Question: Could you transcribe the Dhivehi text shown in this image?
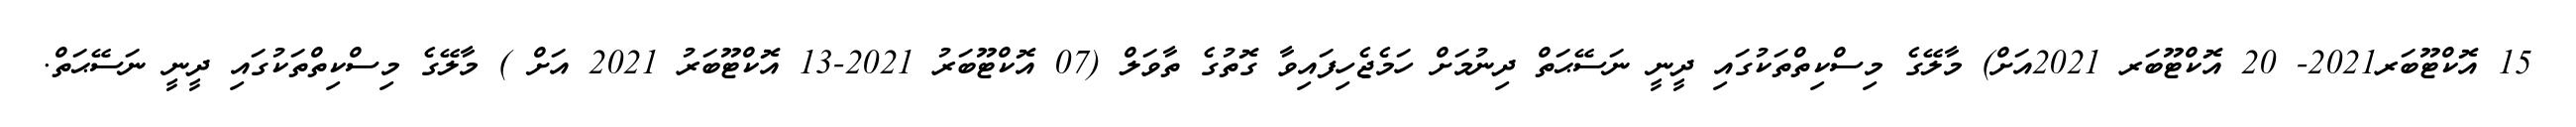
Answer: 15 އޮކްޓޫބަރ2021- 20 އޮކްޓޫބަރ 2021އަށް) މާލޭގެ މިސްކިތްތަކުގައި ދީނީ ނަސޭޙަތް ދިނުމަށް ހަމެޖެހިފައިވާ ގޮތުގެ ތާވަލް (07 އޮކްޓޫބަރު 2021-13 އޮކްޓޫބަރު 2021 އަށް ) މާލޭގެ މިސްކިތްތަކުގައި ދީނީ ނަސޭޙަތް.